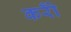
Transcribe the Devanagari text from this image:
करोँ